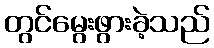
တွင်မွေးဖွားခဲ့သည်